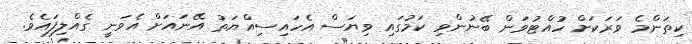
ކިތަންމެ ވަރަކަށް ހުއްޓުވަން ބޭނުންވި ކަމުގައި ވިޔަސް އެހައިސިއްޔަތު އޭނައަށް އެވަނީ ގެއްލިފައެވެ.